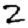
Digit: 2